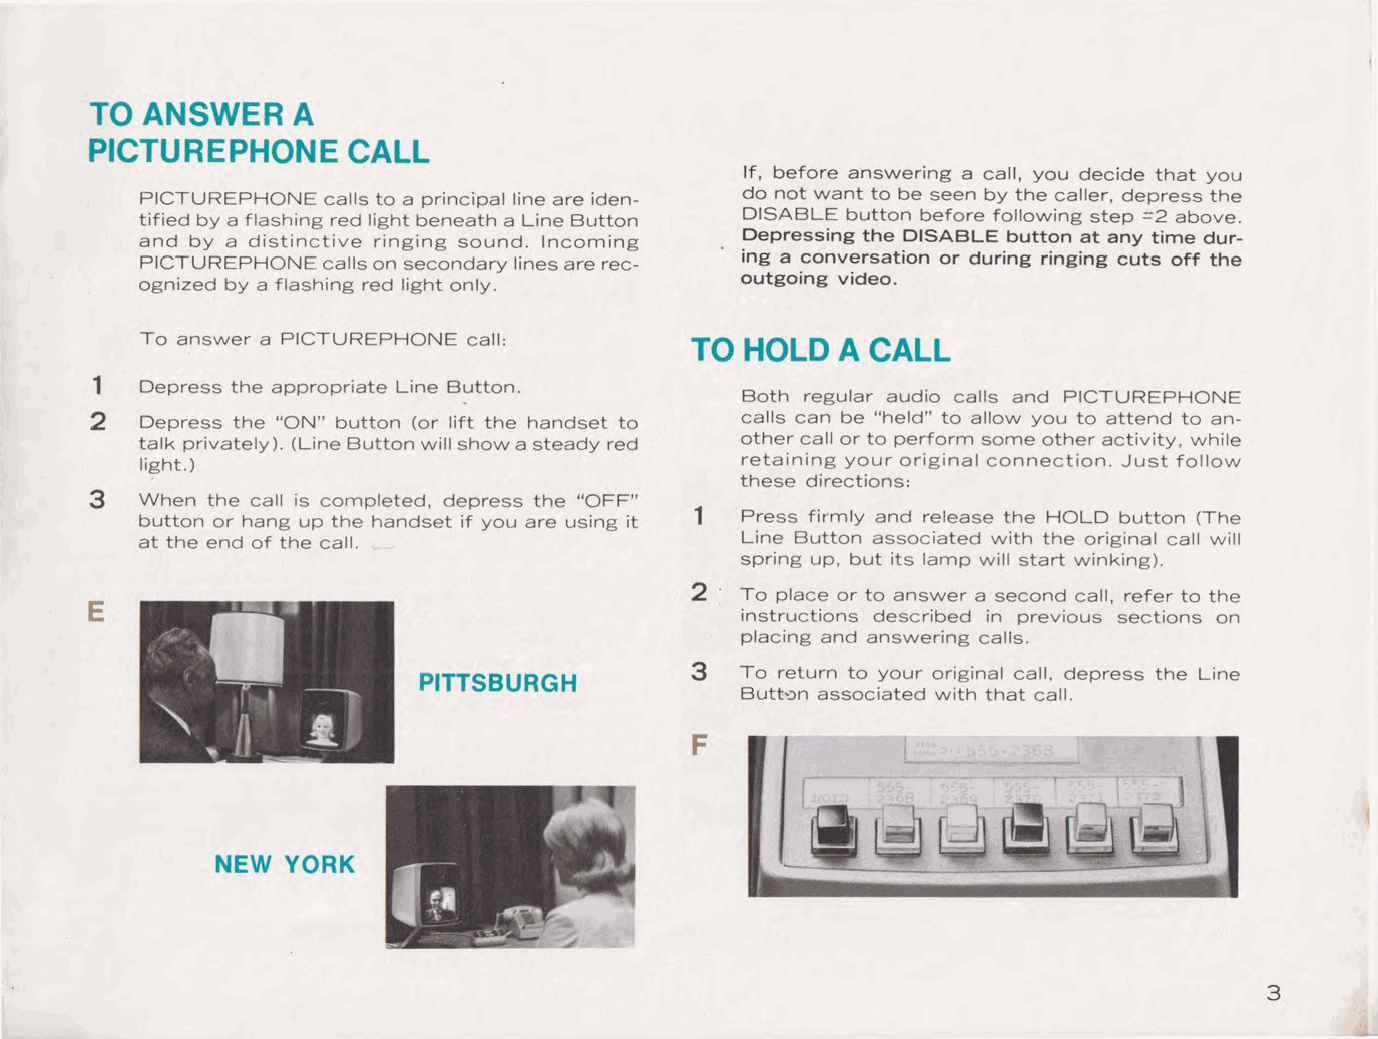
TO  ANSWER    A
 PICTUREPHONE     CALL
 If, before answering a call, you decide that you
 PICTUREPHONE calls to a principal line are iden do not want to be seen by the caller, depress the
 tified by a flashing red light beneath a Line Button DISABLE button before following step =2 above.
 and by a distinctive ringing sound. Incoming Depressing the DISABLE button at any time dur
 PICTUREPHONE calls on secondary lines are rec ing a conversation or during ringing cuts off the
 ognized by a flashing red light only.   outgoing video.
 To answer a PICTUREPHONE call:      TO HOLD   A CALL
 1   Depress the appropriate Line Button.
 Both regular audio calls and PICTUREPHONE
 2   Depress the "ON" button (or lift the handset to calls can be "held" to allow you to attend to an
 talk privately). (Line Button will show a steady red other call or to perform some other activity, while
 light.)                                retaining your original connection. Just follow
 these directions:
 3  When the call is completed, depress the "OFF"
 button or hang up the handset if you are using it 1 Press firmly and release the HOLD button (The
 at the end of the call.                 Line Button associated with the original call will
 spring up, but its lamp will start winking).
 2
 ···•    ····~                         To place or to answer a second call, refer to the
 E
 instructions described in previous sections on
 placing and answering calls.
 3  To return to your original call, depress the Line
 PITTSBURGH
 Butt'.)n associated with that call.
 '    !
 "' ,, n  •                         F
 NEW  YORK
 3